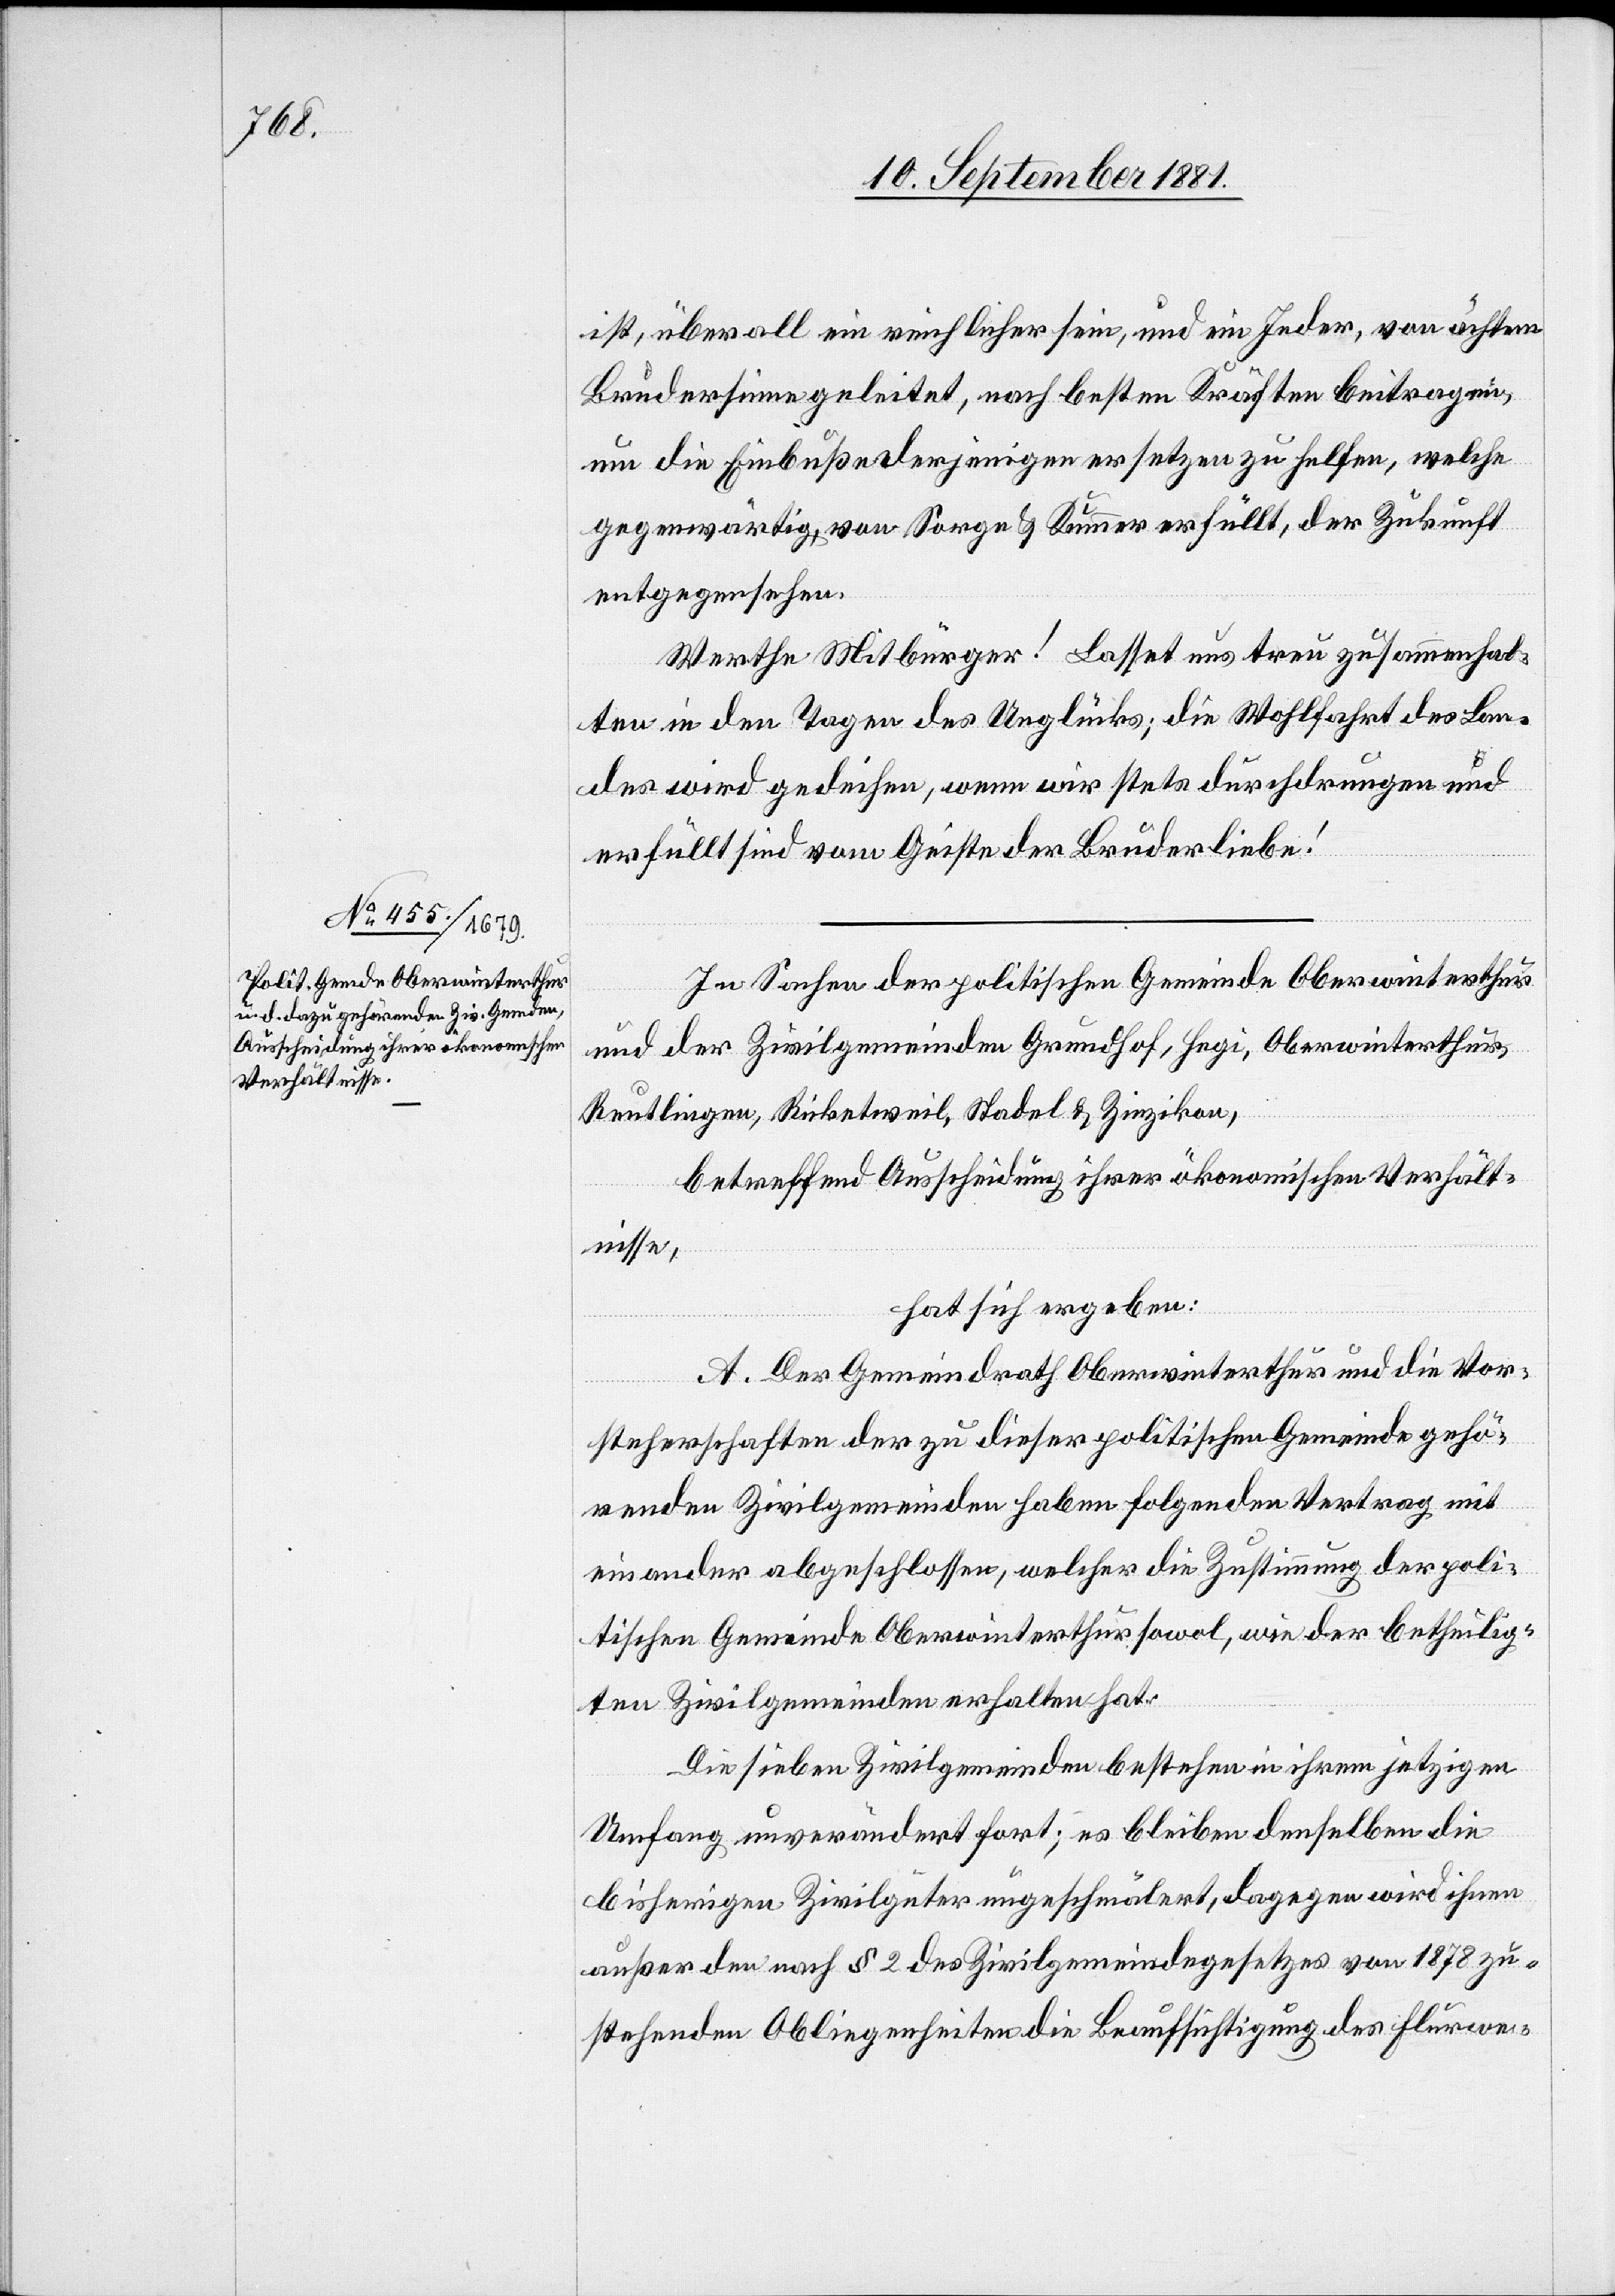
ist, überall ein reichlicher sein, und ein Jeder, von ächtem
Brüdersinne geleitet, nach besten Kräften beitragen,
und die Einbuße derjenigen ersetzen zu helfen, welche
gegenwärtig, von sorge & Kummer erfüllt, der Zukunft
entgegensehen.
Werthe Mitbürger! Lasset uns treu zusammenhal¬
ten in den Tagen des Unglücks; die Wohlfahrt des Lan¬
des wird gedeihen, wenn wir stets durchdrungen und
erfüllt sind vom Geiste der Brüderliebe!
In Sachen der politischen Gemeinde Oberwinterthur
und der Zivilgemeinden Grundhof, Hegi, Oberwinterthur,
Reutlingen, Ricketweil, Stadel & Zinzikon,
betreffend Ausscheidung ihrer ökonomischen Verhält¬
nisse,
hat sich ergeben:
A. Der Gemeindrath Oberwinterthur und die Vor¬
steherschaften der zu dieser politischen Gemeinde gehö¬
renden Zivilgemeinden haben folgenden Vertrag mit
einander abgeschlossen, welcher die Zustimmung der poli¬
tischen Gemeinde Oberwinterthur sowol, wie der betheilig¬
ten Zivilgemeinden erhalten hat.
Die sieben Zivilgemeinden bestehen in ihrem jetzigen
Umfang unverändert fort; es bleiben denselben die
bisherigen Zivilgüter ungeschmälert, dagegen wird ihnen
außer den nach § 2 des Zivilgemeindegesetzes von 1878 zu¬
stehenden Obliegenheiten die Beaufsichtigung des Flurwe-